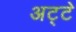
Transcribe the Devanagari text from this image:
अट्टे